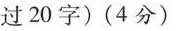
过20字)(4分)